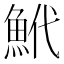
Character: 鮘